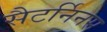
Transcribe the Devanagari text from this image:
सैटर्निनस